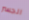
الجسر